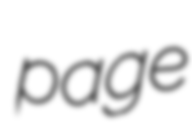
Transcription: page